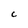
Character: C